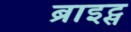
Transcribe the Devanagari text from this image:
ब्राइट्स